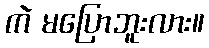
ကဲ မပြောဘူးလား။